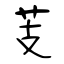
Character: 芰